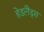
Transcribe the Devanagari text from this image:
हेडलैंड्स